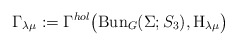
\begin{align*}\Gamma_{\lambda\mu}:=\Gamma^{hol}\big(\mathrm{Bun}_{G}(\Sigma;S_3),\mathrm{H}_{\lambda\mu}\big)\end{align*}